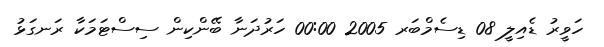
ހަވީރު ޑެއިލީ 08 ޑިސެމްބަރ 2005 00:00 ހަރުދަނާ ބޭންކިން ސިސްޓަމަކާ ރަނގަޅު